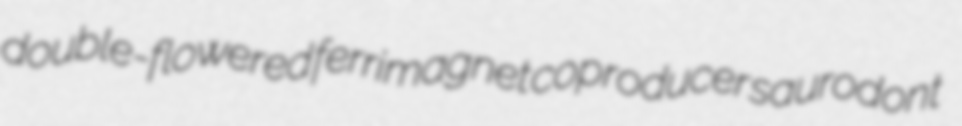
double-flowered ferrimagnet coproducer saurodont